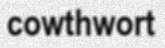
cowthwort